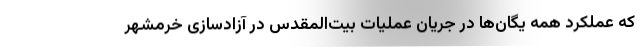
که عملکرد همه یگان‌ها در جریان عملیات بیت‌المقدس در آزادسازی خرمشهر